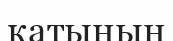
қатынын